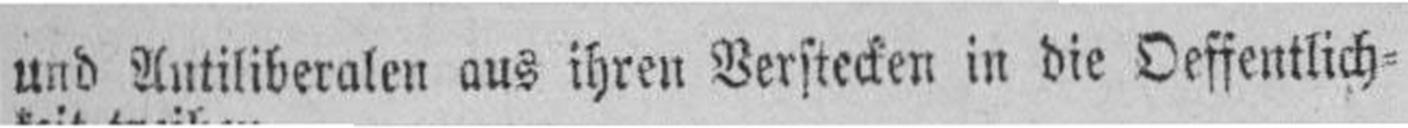
und Antiliberalen aus ihren Verstecken in die Oeffentlich¬